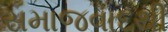
સમાજવાદથી